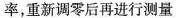
率，重新调零后再进行测量